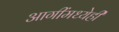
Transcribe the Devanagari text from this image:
आगींमध्येही